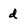
Character: d